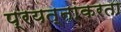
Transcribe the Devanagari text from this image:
प्रयत्नांकरता